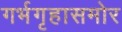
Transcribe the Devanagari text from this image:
गर्भगृहासमोर